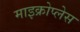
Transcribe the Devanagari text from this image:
माइक्रोप्लेस